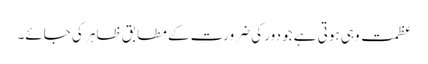
عظمت وہی ہوتی ہے جو دور کی ضرورت کے مطابق ظاہر کی جائے۔